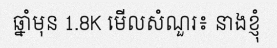
ឆ្នាំមុន 1.8K មើលសំណួរ៖ នាងខ្ញុំ